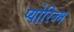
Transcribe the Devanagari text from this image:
प्योरिज्म